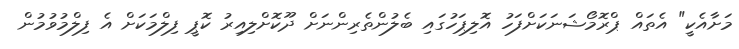
މަށާއެކީ" އެތައް ޕްރޮމޯޝަނަކަށްފަހު އޮލިޕަހުގައި ބެލުންތެރިންނަށް ދޫކޮށްލިއިރު ކޮޕީ ފިލްމަކަށް އެ ފިލްމުވުމުން